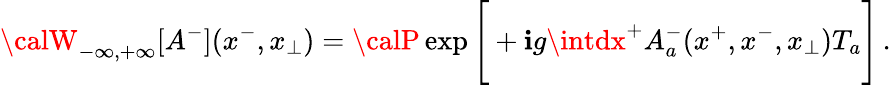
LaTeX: {\calW}_{-\infty,+\infty}[A^{-}](x^{-},x_{\perp})={\calP}\exp\Bigg[+\mathbf{i}g\intdx^{+}A_{a}^{-}(x^{+},x^{-},x_{\perp})T_{a}\Bigg]\, .